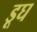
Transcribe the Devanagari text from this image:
डूघ